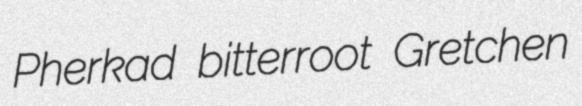
Pherkad bitterroot Gretchen